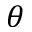
\theta